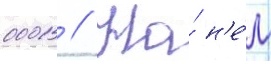
0001 // На́ н'е́м